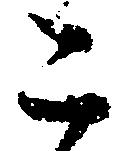
こ